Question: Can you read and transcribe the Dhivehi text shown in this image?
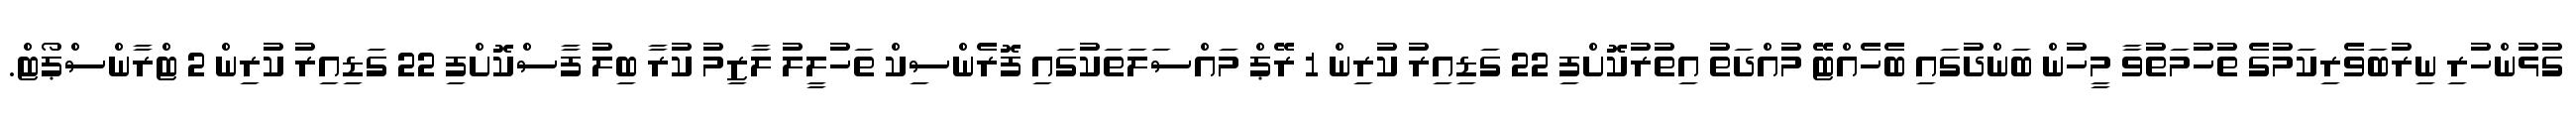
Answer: ގުޅުންހުރި ނިރުބަވެރިކަމުގެ ތުހުމަތުވާ މީހުން ބަންދުގައި ބެހެއްޓޭ މުއްދަތު އިތުރުކޮށްފި 22 ގަޑިއިރު ކުރިން 1 ރޭޕް މައްސަލަތަކުގައި ފޮރެންސިކް ތަހުލީލު ލާޒިމު ކުރާ ބިލު ފާސްކޮށްފި 22 ގަޑިއިރު ކުރިން 2 ޓްރާންސްޕޯޓް.